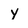
Character: y